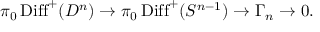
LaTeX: \pi _ { 0 } \operatorname { D i f f } ^ { + } ( D ^ { n } ) \to \pi _ { 0 } \operatorname { D i f f } ^ { + } ( S ^ { n - 1 } ) \to \Gamma _ { n } \to 0 .